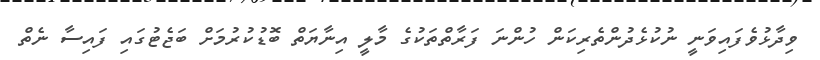
ވިދާޅުވެފައިވަނީ ނުކުޅެދުންތެރިކަން ހުންނަ ފަރާތްތަކުގެ މާލީ އިނާޔަތް ބޮޑުކުރުމަށް ބަޖެޓުގައި ފައިސާ ނެތް